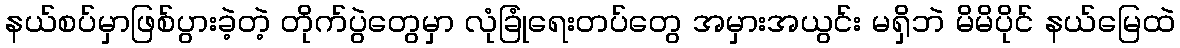
နယ်စပ်မှာဖြစ်ပွားခဲ့တဲ့ တိုက်ပွဲတွေမှာ လုံခြုံရေးတပ်တွေ အမှားအယွင်း မရှိဘဲ မိမိပိုင် နယ်မြေထဲ